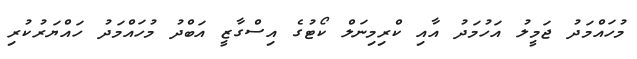
މުހައްމަދު ޖަމީލު އަހުމަދު އާއި ކްރިމިނަލް ކޯޓުގެ އިސްގާޒީ އަބްދު މުހައްމަދު ހައްޔަރުކުރި